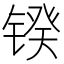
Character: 𰾥